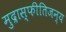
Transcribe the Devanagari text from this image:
मुद्रास्फीतिजन्य